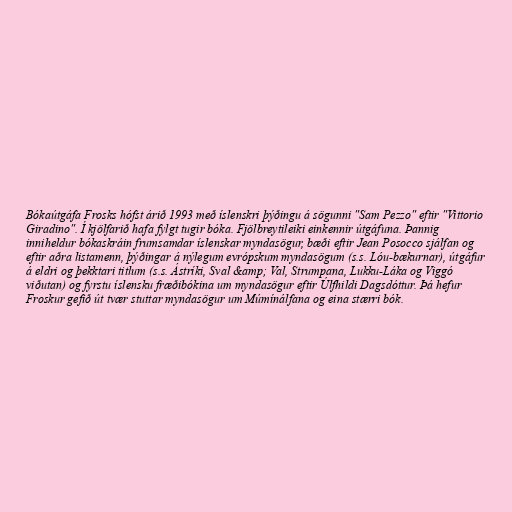
Bókaútgáfa Frosks hófst árið 1993 með íslenskri þýðingu á sögunni "Sam Pezzo" eftir "Vittorio
Giradino". Í kjölfarið hafa fylgt tugir bóka. Fjölbreytileiki einkennir útgáfuna. Þannig
inniheldur bókaskráin frumsamdar íslenskar myndasögur, bæði eftir Jean Posocco sjálfan og
eftir aðra listamenn, þýðingar á nýlegum evrópskum myndasögum (s.s. Lóu-bækurnar), útgáfur
á eldri og þekktari titlum (s.s. Ástríki, Sval &amp; Val, Strumpana, Lukku-Láka og Viggó
viðutan) og fyrstu íslensku fræðibókina um myndasögur eftir Úlfhildi Dagsdóttur. Þá hefur
Froskur gefið út tvær stuttar myndasögur um Múmínálfana og eina stærri bók.